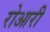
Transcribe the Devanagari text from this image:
रोआरी